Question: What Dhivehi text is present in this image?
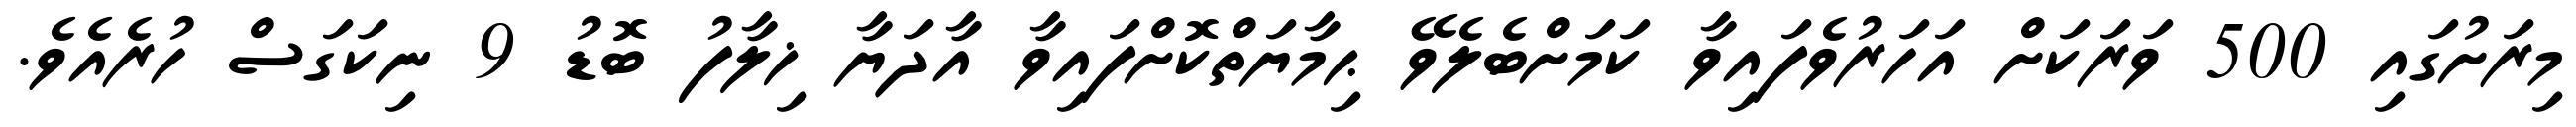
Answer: މިރަށުގައި 500 ވަރަކަށް އަހަރުވެފައިވާ ކަމަށްބެލެވޭ ޙިމާޔަތްކޮށްފައިވާ އާދަޔާ ޚިލާފު ބޮޑު 9 ނިކަގަސް ހުރެއެވެ.